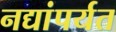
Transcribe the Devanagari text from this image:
नद्यांपर्यत